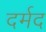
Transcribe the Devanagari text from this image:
दर्मद